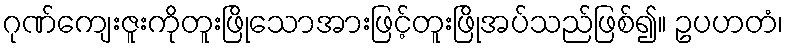
ဂုဏ်ကျေးဇူးကိုတူးဖြိုသောအားဖြင့်တူးဖြိုအပ်သည်ဖြစ်၍။ ဥပဟတံ၊